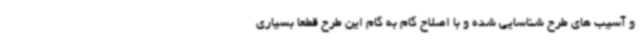
و آسیب های طرح شناسایی شده و با اصلاح گام به گام این طرح قطعا بسیاری